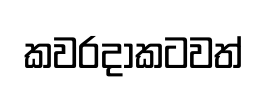
කවරදාකටවත්